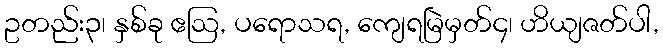
ဥတည်း၃၊ နှစ်ခု ဧဩ, ပရောသရ, ကျေရမြဲမှတ်၄၊ ဟိယျဇတ်ပါ,